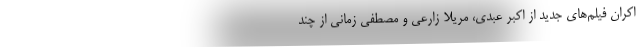
اکران فیلم‌های جدید از اکبر عبدی، مریلا زارعی و مصطفی زمانی از چند